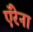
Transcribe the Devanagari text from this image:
ऍरेना